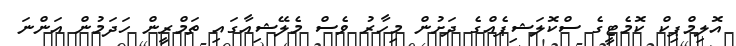
އޮލިމްޕިކް ކޮމެޓީގެ ސްކޮލަޝިޕެއްގެ ދަށުން މިހާރު ވެސް މެލޭޝިއާގައި ތަމްރީން ހަދަމުން އަންނަ